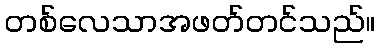
တစ်လေသာအဖတ်တင်သည်။